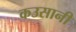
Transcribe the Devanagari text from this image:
कउसानी